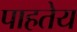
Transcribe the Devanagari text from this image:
पाहतेय